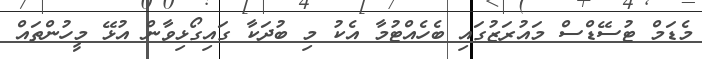
މެޑަމް ޓުސޭޑްސް މައުރަޒުގައި ބެހެއްޓުމާ އެކު މި ބުދަކާ ގައިގޯޅިވާން އުޅޭ މީހުންތައް